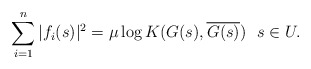
\begin{align*}\sum_{i=1}^n |f_i(s)|^2 = \mu \log K(G(s),\overline{G(s)}) ~~s \in U.\end{align*}